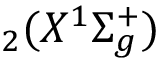
_ 2 ( X ^ { 1 } \Sigma _ { g } ^ { + } )